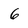
Character: 6